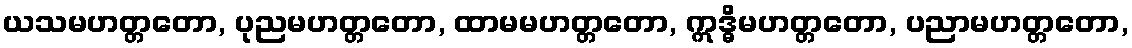
ယသမဟတ္တတော, ပုညမဟတ္တတော, ထာမမဟတ္တတော, ဣဒ္ဓိမဟတ္တတော, ပညာမဟတ္တတော,